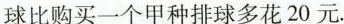
球比购买一个甲种排球多花20元.